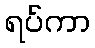
ရပ်ကာ